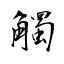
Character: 觸